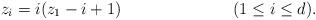
LaTeX: \begin{align*} z_i &= i (z_1 - i+1) && (1 \leq i \leq d). \end{align*}